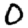
Digit: 0